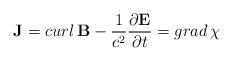
LaTeX: \begin{align*}{\bf J} = curl \, {\bf B} - {1\over c^2}{\partial {\bf E} \over \partial t} = grad \, \chi\end{align*}